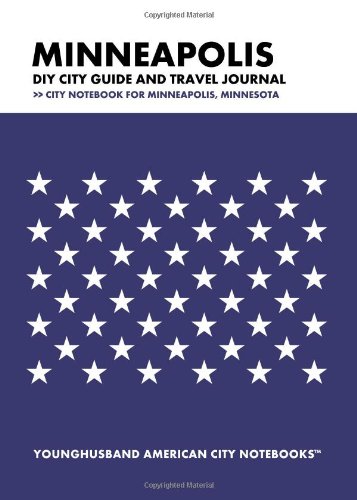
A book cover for Minneapolis DIY City Guide and Travel Journal: City Notebook for Minneapolis, Minnesota; Younghusband American City Notebooks; Travel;